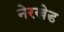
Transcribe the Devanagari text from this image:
नेरखेड